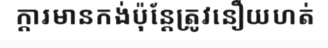
ក្តារមានកង់ប៉ុន្តែត្រូវនឿយហត់